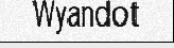
Wyandot